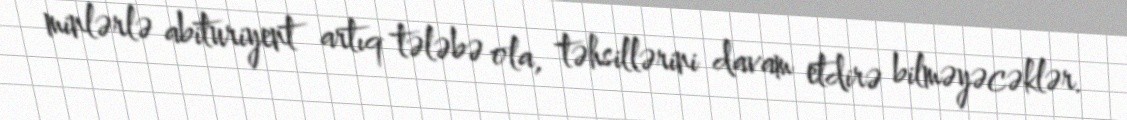
minlərlə abituriyent artıq tələbə ola, təhsillərini davam etdirə bilməyəcəklər.